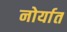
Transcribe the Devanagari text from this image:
नोर्यात